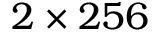
2 \times 2 5 6